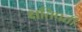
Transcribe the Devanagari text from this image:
क्षतिपर्ती